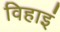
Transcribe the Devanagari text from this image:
विहाइं